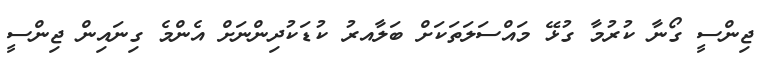
ޖިންސީ ގޯނާ ކުރުމާ ގުޅޭ މައްސަލަތަކަށް ބަލާއރު ކުޑަކުދިންނަށް އެންމެ ގިނައިން ޖިންސީ